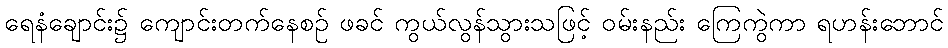
ရေနံချောင်း၌ ကျောင်းတက်နေစဉ် ဖခင် ကွယ်လွန်သွားသဖြင့် ဝမ်းနည်း ကြေကွဲကာ ရဟန်းဘောင်